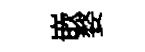
嵌婺